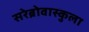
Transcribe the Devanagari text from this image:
सरेब्रोवास्कुला